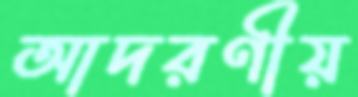
আদরণীয়